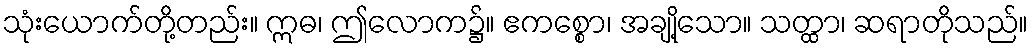
သုံးယောက်တို့တည်း။ ဣဓ၊ ဤလောက၌။ ဧကစ္စော၊ အချို့သော။ သတ္ထာ၊ ဆရာတိုသည်။